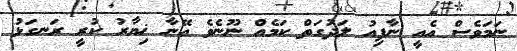
ނަމަވެސް އެއީ ނާފިއު ލަދުގަތް ކަމެއް ނޫނެވެ އޭނާ ޚިޔާރު ކުރީ ރަނގަޅު